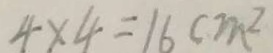
4 \times 4 = 1 6 c m ^ { 2 }